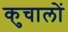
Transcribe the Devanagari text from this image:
कुचालों